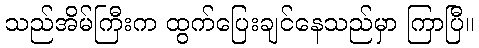
သည်အိမ်ကြီးက ထွက်ပြေးချင်နေသည်မှာ ကြာပြီ။